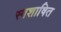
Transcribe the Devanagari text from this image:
स्वशाषित